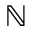
\mathbb { N }